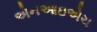
એનઆઇએચ